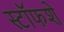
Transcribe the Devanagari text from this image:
स्टॉफशे